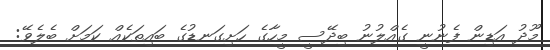
މޫދު އަޑިން ފެނުނީ ގެއްލުނު ބިދޭސީ މީހާގެ ހަށިގަނޑުގެ ބައިތަކެއް ކަމަށް ބެލެވޭ: